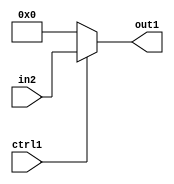
`timescale 1ps / 1ps
/*****************************************************************************
    Verilog RTL Description
    
    
    Created by: Stratus DpOpt 2019.1.01 
*******************************************************************************/

module mac_N_Mux_18_2_1_4 (
	in2,
	ctrl1,
	out1
	); /* architecture "behavioural" */ 
input [17:0] in2;
input  ctrl1;
output [17:0] out1;
wire [17:0] asc001;

reg [17:0] asc001_tmp_0;
assign asc001 = asc001_tmp_0;
always @ (ctrl1 or in2) begin
	case (ctrl1)
		1'B1 : asc001_tmp_0 = in2 ;
		default : asc001_tmp_0 = 18'B000000000000000000 ;
	endcase
end

assign out1 = asc001;
endmodule

/* CADENCE  uLX5Qws= : u9/ySgnWtBlWxVPRXgAZ4Og= ** DO NOT EDIT THIS LINE ******/